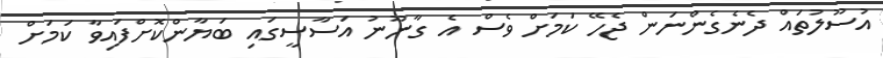
އުސޫލުތައް ދެނެގެންނަން ޖެހޭ ކަމަށް ވެސް އެ ގާނޫނު އަސާސީގައި ބަޔާންކޮށްފައިވާ ކަމަށް